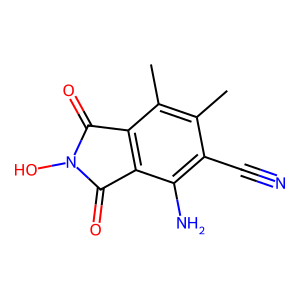
SMILES: Cc1c(C)c2c(c(N)c1C#N)C(=O)N(O)C2=O
Inhibits HIV replication: No